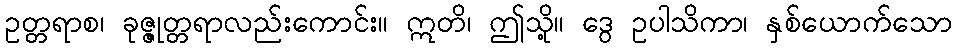
ဥတ္တရာစ၊ ခုဇ္ဇုတ္တရာလည်းကောင်း။ ဣတိ၊ ဤသို့။ ဒွေ ဥပါသိကာ၊ နှစ်ယောက်သော